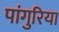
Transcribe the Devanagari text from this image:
पांगुरिया